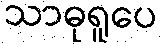
သာဓုရူပေ